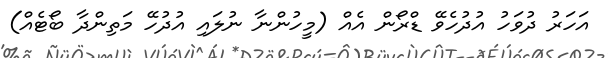
އަހަރު ދުވަހު އުދުހެވޭ ޑްރޯން އެއް (މީހުންނާ ނުލައި އުދުހޭ މަތިންދާ ބޯޓެއް)